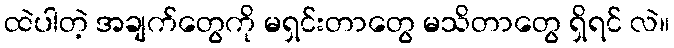
ထဲပါတဲ့ အချက်တွေကို မရှင်းတာတွေ မသိတာတွေ ရှိရင် လဲ။